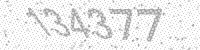
Solution: 134377